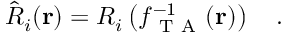
\hat { R } _ { i } ( \mathbf { r } ) = R _ { i } \left( f _ { \mathrm { ~ T ~ A ~ } } ^ { - 1 } ( \mathbf { r } ) \right) \quad .